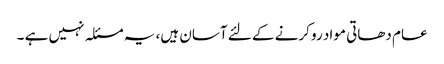
عام دھاتی مواد رو کرنے کے لئے آسان ہیں، یہ مسئلہ نہیں ہے ۔